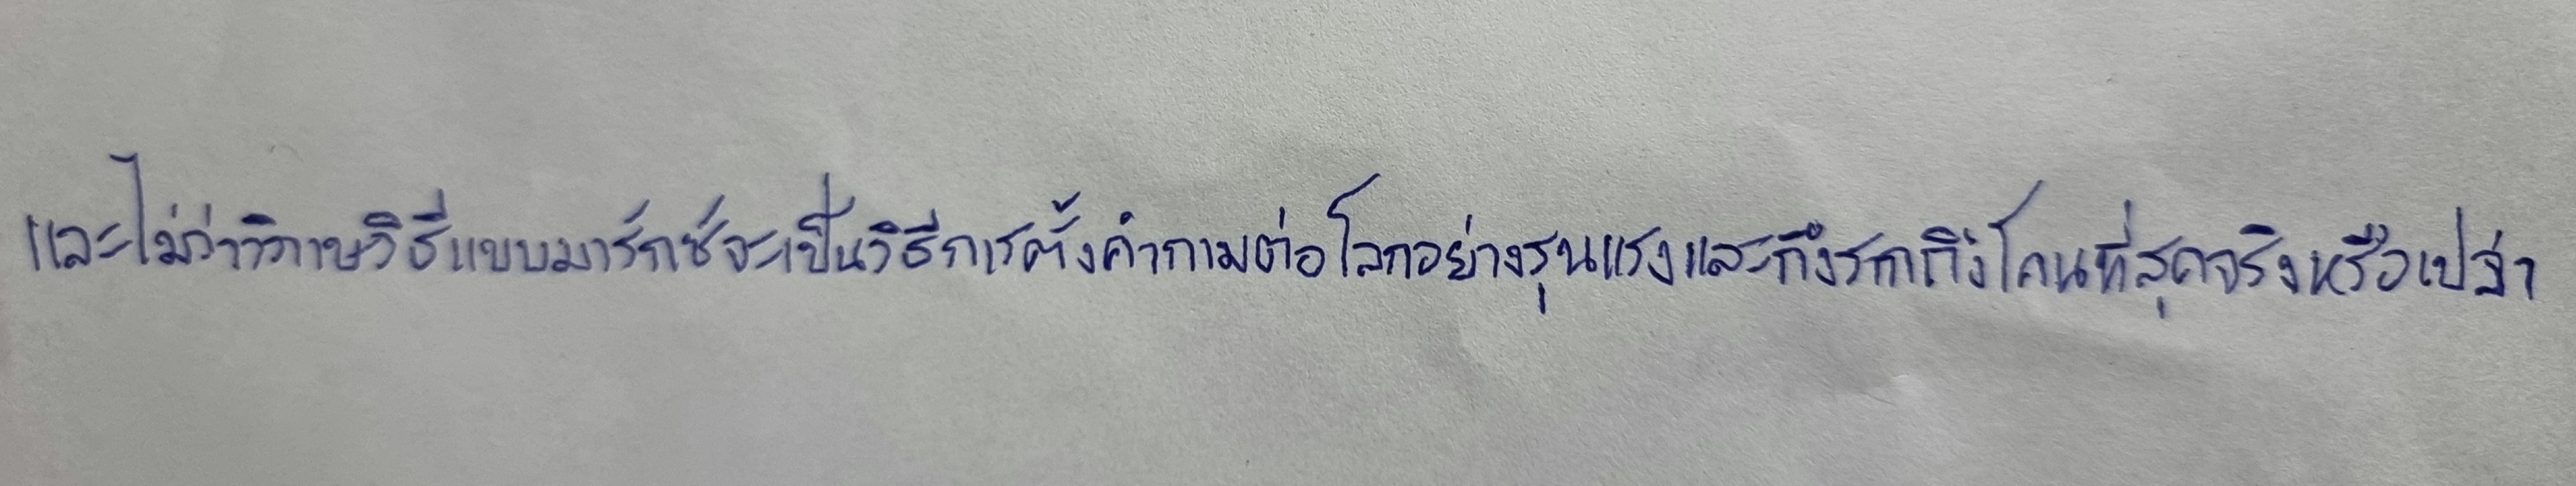
และไม่ว่าวิภาษวิธีแบบมาร์กซ์จะเป็นวิธีการตั้งคำถามต่อโลกอย่างรุนแรงและถึงรากถึงโคนที่สุดจริงหรือเปล่า